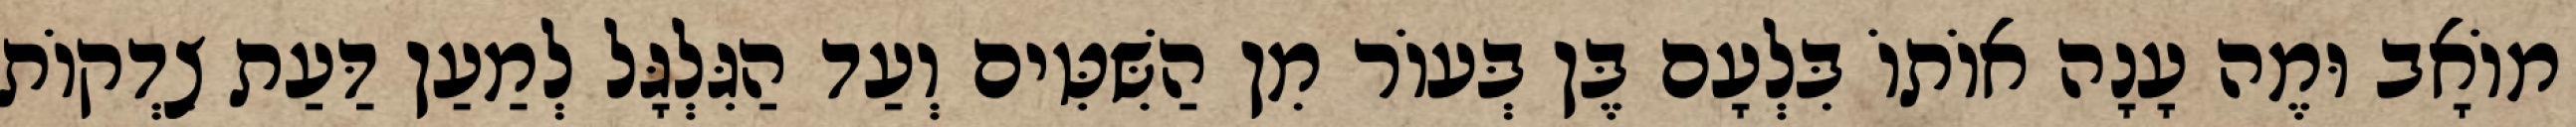
מוֹאָב וּמֶה עָנָה אוֹתוֹ בִּלְעָם בֶּן בְּעוֹר מִן הַשִּׁטִּים וְעַד הַגִּלְגָּל לְמַעַן דַּעַת צִדְקוֹת